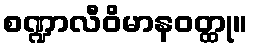
စဏ္ဍာလီဝိမာနဝတ္ထု။